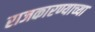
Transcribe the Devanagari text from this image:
राजकारण्याच्या